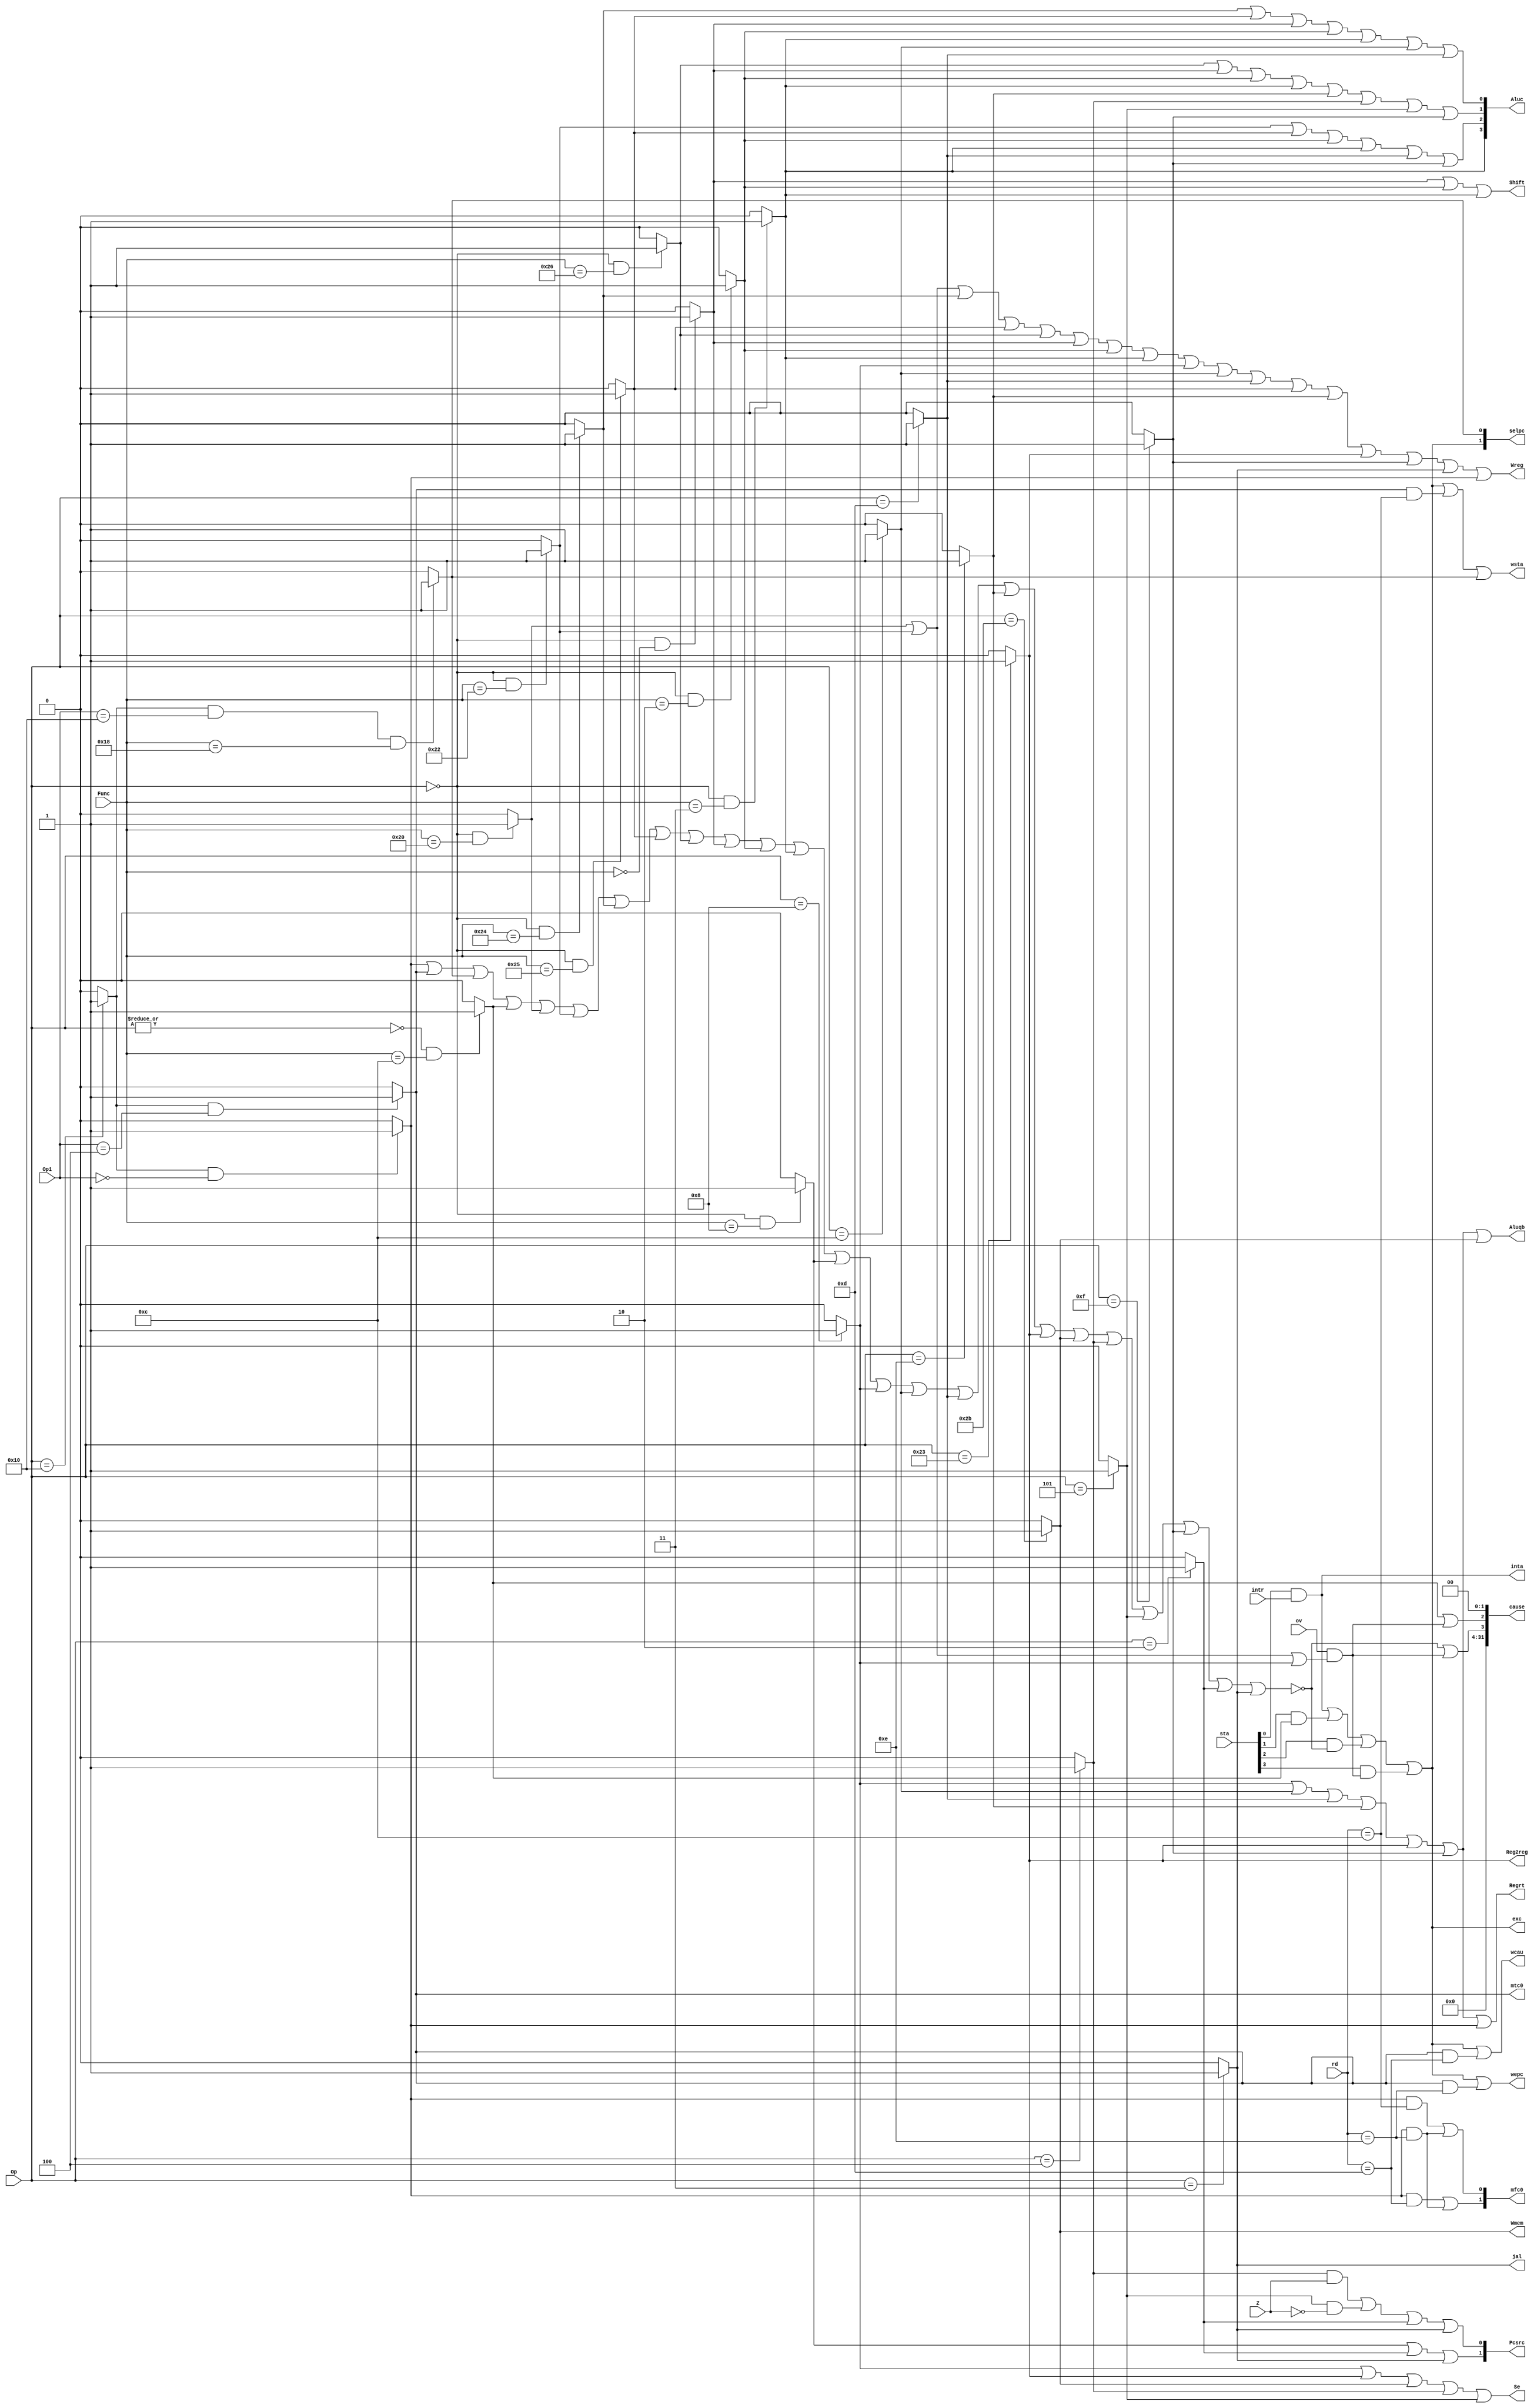
module ControlUnit(Op, Func, Z,Op1,rd, Wmem, Wreg, Regrt, Reg2reg, Aluc, Shift, Aluqb, Pcsrc, jal, Se,
intr,inta,ov,sta,cause,exc,wsta,wcau,wepc,mtc0,mfc0,selpc);
	
	input [5:0] Op, Func;
	input [4:0] Op1, rd;
	input Z;
	output [3:0] Aluc;
	output [1:0] Pcsrc;
	output Wmem, Wreg, Regrt, Se, Shift, Aluqb, Reg2reg, jal;
	
	input intr, ov;
	input [31:0]sta;
	output inta, exc,wsta, wcau, wepc, mtc0;
	output [1:0]mfc0,selpc;
	output [31:0] cause;
	
	    // R型指
        wire i_add = (Op == 6'b000000 & Func == 6'b100000)?1:0;
        wire i_sub = (Op == 6'b000000 & Func == 6'b100010)?1:0;
        wire i_and = (Op == 6'b000000 & Func == 6'b100100)?1:0;
        wire i_or  = (Op == 6'b000000 & Func == 6'b100101)?1:0;
        wire i_xor = (Op == 6'b000000 & Func == 6'b100110)?1:0;
        wire i_sll = (Op == 6'b000000 & Func == 6'b000000)?1:0;
        wire i_srl = (Op == 6'b000000 & Func == 6'b000010)?1:0;
        wire i_sra = (Op == 6'b000000 & Func == 6'b000011)?1:0;
        wire i_jr  = (Op == 6'b000000 & Func == 6'b001000)?1:0;
    
        // I型指
        wire i_addi = (Op == 6'b001000)?1:0;
        wire i_andi = (Op == 6'b001100)?1:0; 
        wire i_ori  = (Op == 6'b001101)?1:0;
        wire i_xori = (Op == 6'b001110)?1:0;
        wire i_lw   = (Op == 6'b100011)?1:0;
        wire i_sw   = (Op == 6'b101011)?1:0;
        wire i_beq  = (Op == 6'b000100)?1:0;
        wire i_bne  = (Op == 6'b000101)?1:0;
        wire i_lui  = (Op == 6'b001111)?1:0;
    
        // J型指
        wire i_j    = (Op == 6'b000010)?1:0;
        wire i_jal  = (Op == 6'b000011)?1:0; 
	
	// 判断是否为R型指令
    wire r_type = ~|Op;

	//判断是否为系统调用指令
	wire i_syscall = (r_type &(Func == 6'b001100))?1:0;

	//ov: alu运算时判断的是否溢出
	wire overflow = ov & (i_add | i_sub | i_addi);

	// 未实现命令集
	wire unimplemented_inst = ~(i_mfc0 | i_mtc0 | i_eret | i_syscall | i_add | i_sub | i_and | i_or| 
	i_xor| i_sll | i_srl | i_sra | i_jr | i_addi | i_andi | i_ori | i_xori | i_lw | i_sw | i_beq | i_bne |
	i_lui | i_j | i_jal);


	// sta 0: 外部中断, 1: 系统调用, 2: 未实现指令, 3: 溢出 
	//为“1”表示允许中断或异常
	wire int_int = sta[0] & intr;
	assign inta = int_int;

	wire exc_sys = sta[1] & i_syscall;
	wire exc_uni = sta[2] & unimplemented_inst;
	wire exc_ovr = sta[3] & overflow;
	assign exc = int_int | exc_sys | exc_uni | exc_ovr;
	
	// exccode(cause) 00 外部中断 01 系统调用 10 未实现指令 11 溢出
	wire ExcCode0 = i_syscall | overflow;
	wire ExcCode1 = unimplemented_inst | overflow;
	assign cause = {28'h0,ExcCode1, ExcCode0,2'b00};

	// 判断是什么指令
	wire c0_type = (Op == 6'b010000)?1:0;
	wire i_mfc0 = (c0_type &(Op1 == 5'b00000))?1:0;
	wire i_mtc0 = (c0_type &(Op1 == 5'b00100))?1:0; 
	wire i_eret = (c0_type &(Op1 == 5'b10000) & (Func == 6'b011000))?1:0;
	
	// 生成3个寄存器写使能信号, 根据rd判断
	wire rd_is_status = (rd == 5'd12);
	wire rd_is_cause = (rd == 5'd13);
	wire rd_is_epc = (rd == 5'd14);
    assign mtc0 = i_mtc0;

	//i_eret 更新status
    assign wsta = exc | mtc0 & rd_is_status | i_eret;
    assign wcau = exc | mtc0 & rd_is_cause;
    assign wepc = exc | mtc0 & rd_is_epc;

	// 执行mfc0 选择什么寄存器 00 原来  01 : Status 10: Cause 11: EPC 
    assign mfc0[0] = i_mfc0 & rd_is_status | i_mfc0 & rd_is_epc;
    assign mfc0[1] = i_mfc0 & rd_is_cause | i_mfc0 & rd_is_epc;

	// 执行PC 选择什么  00 原来   01: EPC 10 处理异常入口  
    assign selpc[0] = i_eret;
    assign selpc[1] = exc;	
	
	
	assign Wreg  = i_add  | i_sub  | i_and | i_or | i_xor  | 
	i_sll | i_srl |i_sra |	i_addi | i_andi | 
	i_ori | i_or | i_xori | i_lw  | i_lui |i_jal | i_mfc0;
	assign Regrt  = i_addi | i_andi | i_ori | i_xori |i_lw |i_lui | i_mfc0;//mfc0选择rt输入
	assign jal = i_jal;
	assign Reg2reg  = i_lw;
	assign Shift  = i_sll | i_srl |i_sra;
	assign Aluqb = i_addi | i_andi | i_ori | i_xori | i_lw | i_lui |i_sw;
	assign Se = i_addi | i_lw | i_sw | i_beq | i_bne;
	assign Aluc[3] = i_sra;
	assign Aluc[2] = i_sub |i_or | i_srl | i_sra | i_ori |i_lui;
	assign Aluc[1] = i_xor | i_sll | i_srl | i_sra | i_xori |
	 i_beq | i_bne | i_lui;
	assign Aluc[0] = i_and | i_or | i_sll | i_srl |i_sra |
	 i_andi  | i_ori;
	assign Wmem  = i_sw;
	assign Pcsrc[1] = i_jr | i_j | i_jal;
	assign Pcsrc[0] = i_beq & Z | i_bne&~Z | i_j | i_jal;
endmodule